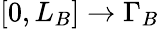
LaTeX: [0,L_{B}]\to\Gamma_{B}